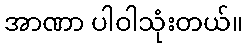
အာဏာ ပါဝါသုံးတယ်။